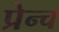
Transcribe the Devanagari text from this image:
प्रेन्च